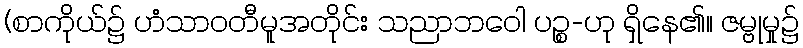
(စာကိုယ်၌ ဟံသာဝတီမူအတိုင်း သညာဘဝေါ ပဉ္စ-ဟု ရှိနေ၏။ ဇမ္ဗုမှု၌